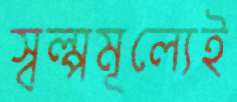
স্বল্পমূল্যেই